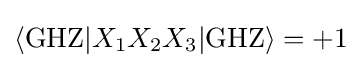
\langle \mathrm {GHZ} |X_{1}X_{2}X_{3}|\mathrm {GHZ} \rangle =+1